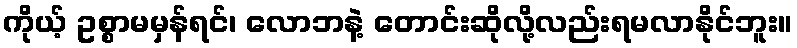
ကိုယ့် ဥစ္စာမမှန်ရင်၊ လောဘနဲ့ တောင်းဆိုလို့လည်းရမလာနိုင်ဘူး။